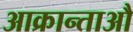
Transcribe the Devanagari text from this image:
आक्रान्ताऔ